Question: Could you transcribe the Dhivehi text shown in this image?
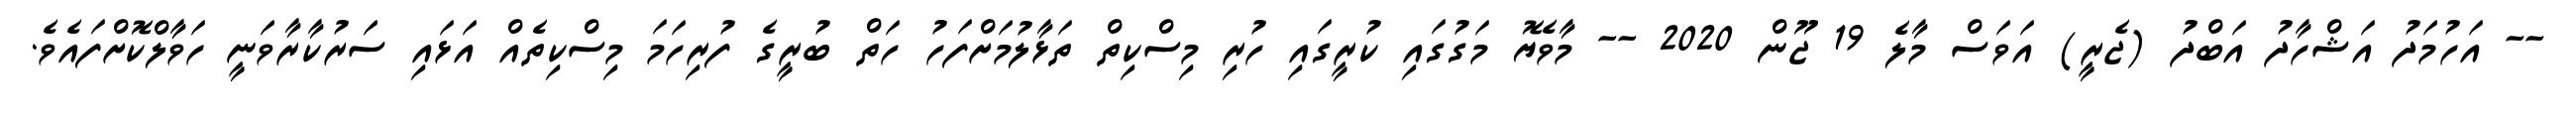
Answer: -- އަހުމަދު އަޝްހާދު އަބްދު (ޖެރީ) އަވަސް މާލެ 19 ޖޫން 2020 -- މާވެޔޮ މަގުގައި ކުރީގައި ހުރި މިސްކިތް ތަޅާލުމަށްފަހު ހަތް ބުރީގެ ފުރިހަމަ މިސްކިތެއް އަޅައި ސަރުކާރާވަނީ ހަވާލްކޮށްފައެވެ.